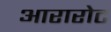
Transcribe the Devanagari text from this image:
आरारोट